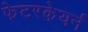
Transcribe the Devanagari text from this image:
फेटरकेयर्न